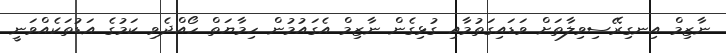
ނާޒިމް އިނގިރޭސިވިލާތަށް ވަޑައިގަތުމާއި ގުޅިގެން ނާޒިމް އެގައުމުން ހިމާޔަތް ހޯއްދެވި ކަމުގެ އަޑުތަކެއްވަނީ